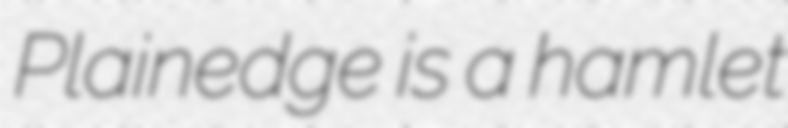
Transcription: Plainedge is a hamlet